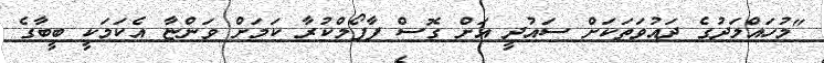
"މުހައްމަދުގެ ދައުވަތަކަށް ސައުދީ އަށް ގޮސް ފާފޯމްކުރާ ކަމަށް ވަންޏާ އެކަމަކީ ބީބާގެ